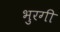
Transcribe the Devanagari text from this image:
भुरगी